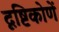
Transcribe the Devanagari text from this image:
दृष्टिकोणें